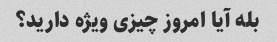
بله آیا امروز چیزی ویژه دارید؟